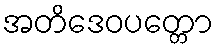
အတိဒေဝပတ္တော